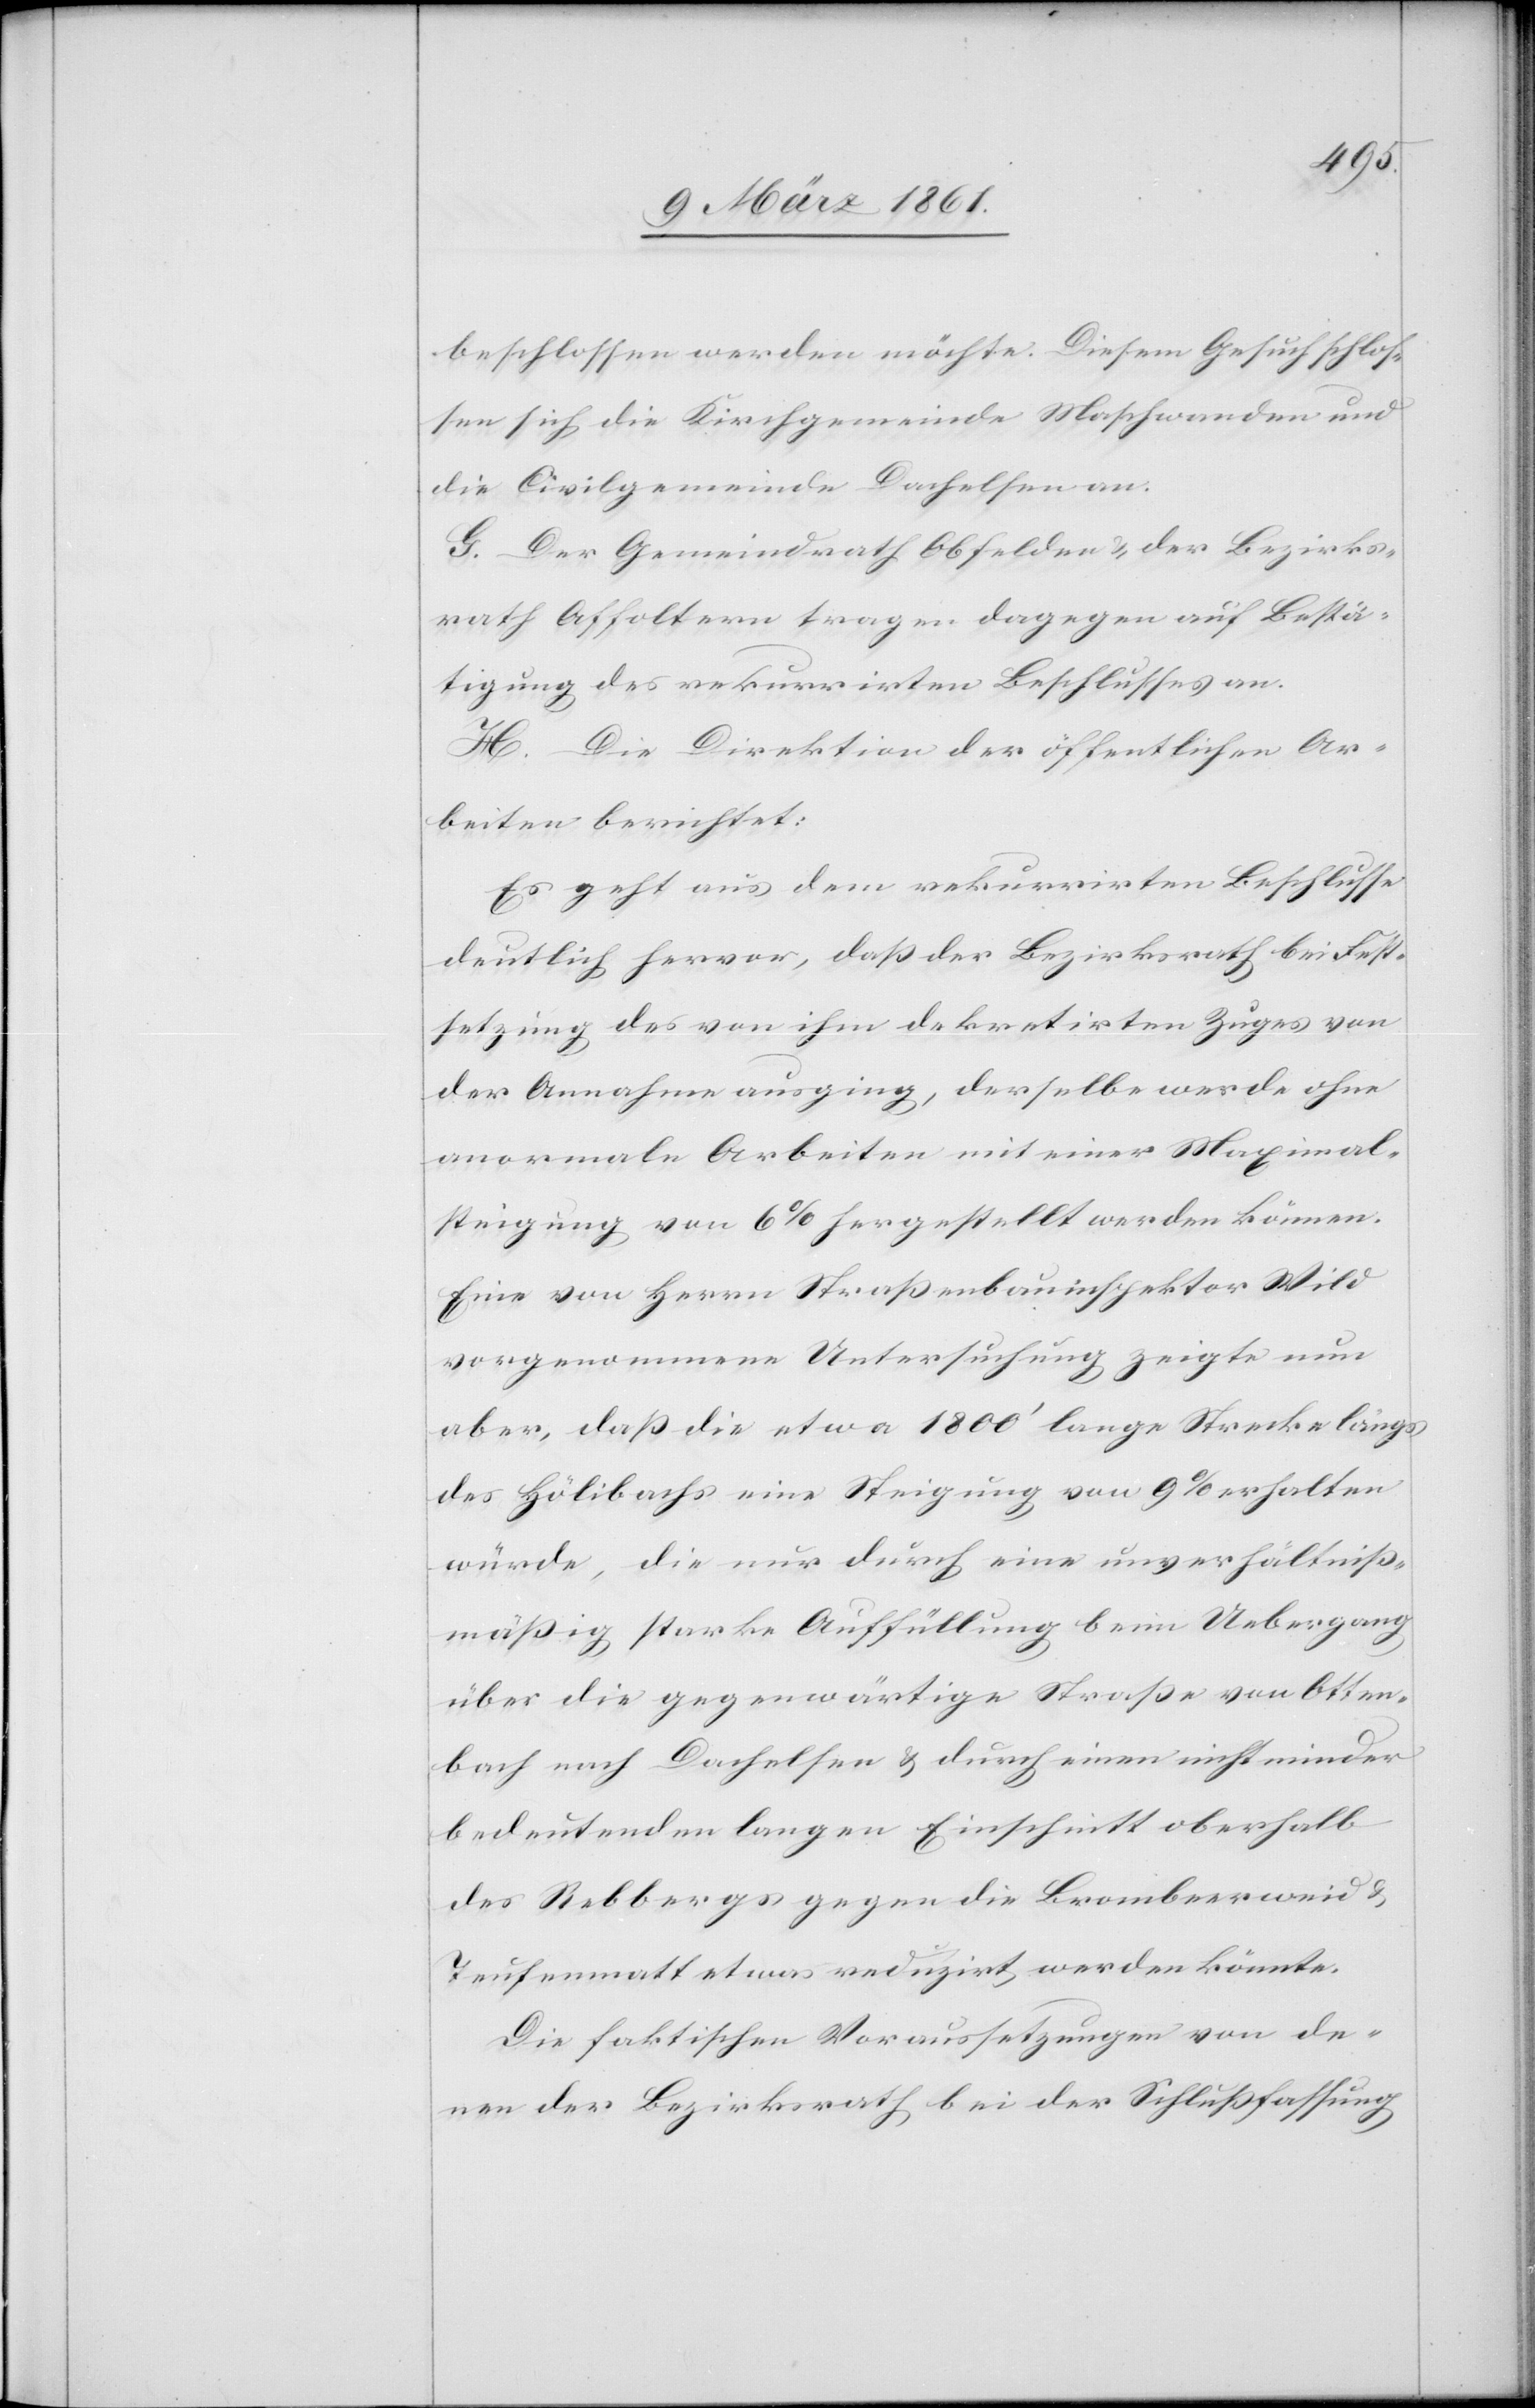
beschlossen werden möchte. Diesem Gesuch schlos¬
sen sich die Kirchgemeinde Maschwanden und
die Civilgemeinde Dachelsen an.
G. Der Gemeindrath Obfelden u. der Bezirks¬
rath Affoltern tragen dagegen auf Bestä¬
tigung des rekurrirten Beschlusses an.
H. Die Direktion der öffentlichen Ar¬
beiten berichtet:
Es geht aus dem rekurrirten Beschlusse
deutlich hervor, dass der Bezirksrath bei Fest¬
setzung des von ihm dekretirten Zuges von
der Annahme ausging, derselbe werde ohne
anormale Arbeiten mit einer Maximal¬
steigung von 6% hergestellt werden können.
Eine von Herrn Strassenbauinspektor Wild
vorgenommene Untersuchung zeigte nun
aber, dass die etwa 1800’ lange Strecke längs
des Hölibachs eine Steigung von 9% erhalten
würde, die nur durch eine unverhältniss¬
mässig starke Auffüllung beim Uebergang
über die gegenwärtige Strasse von Otten¬
bach nach Dachelsen u. durch einen nicht minder
bedeutenden langen Einschnitt oberhalb
des Rebberges gegen die Brombeerweid u.
Teufenmatt etwas reduzirt werden könnte.
Die faktischen Voraussetzungen von de¬
nen der Bezirksrath bei der Schlussfassung